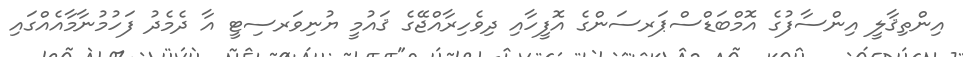
އިންތިޤާލީ އިންސާފުގެ އޮމްބަޑްސްޕަރސަންގެ އޮފީހާއި ދިވެހިރާއްޖޭގެ ޤައުމީ ޔުނިވަރސިޓީ އާ ދެމެދު ފަހުމުނާމާއެއްގައި